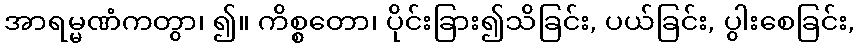
အာရမ္မဏံကတွာ၊ ၍။ ကိစ္စတော၊ ပိုင်းခြား၍သိခြင်း, ပယ်ခြင်း, ပွါးစေခြင်း,